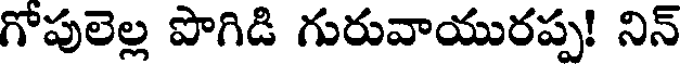
గోపులెల్ల పొగిడి గురువాయురప్ప! నిన్